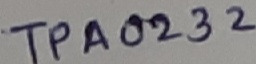
Text: TPA0232